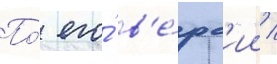
По́ его́ в'е́рс'ии /